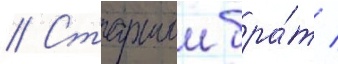
// Старшии бра́т /